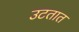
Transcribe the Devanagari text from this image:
उटतात